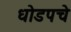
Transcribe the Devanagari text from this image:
धोडपचे